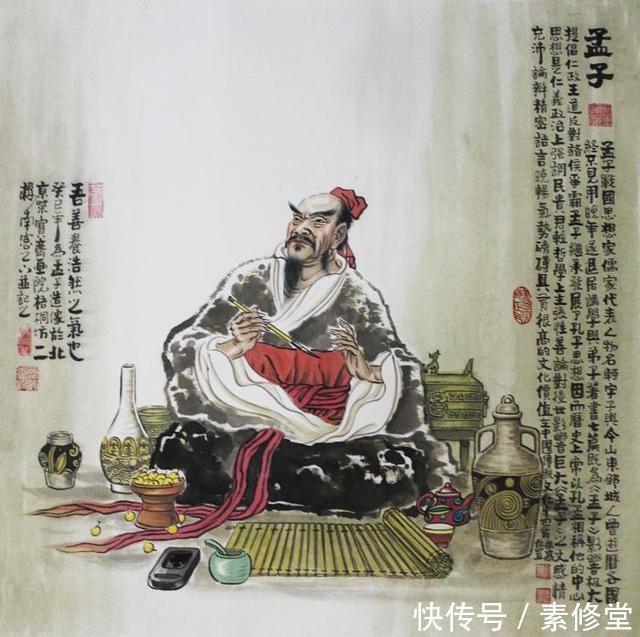
人有不为也，而后可以有为。